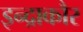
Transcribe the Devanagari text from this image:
इन्द्राकौर